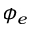
\phi _ { e }